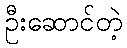
ဦးဆောင်တဲ့